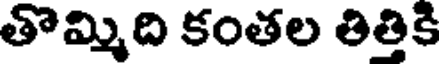
తొమ్మిది కంతల తిత్తికి